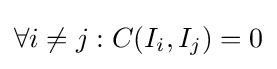
\forall i\neq j:C(I_{i},I_{j})=0